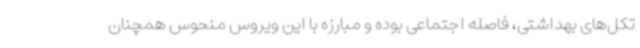
تکل‌های بهداشتی، فاصله اجتماعی بوده و مبارزه با این ویروس منحوس همچنان